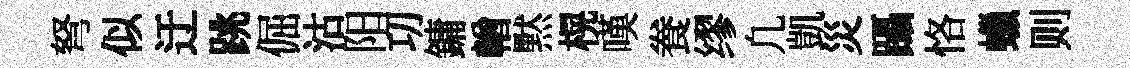
弩似迂跳倔沽阳㓛鏞輶黙榥嘆飬缪凢凱災躡恪蠟则